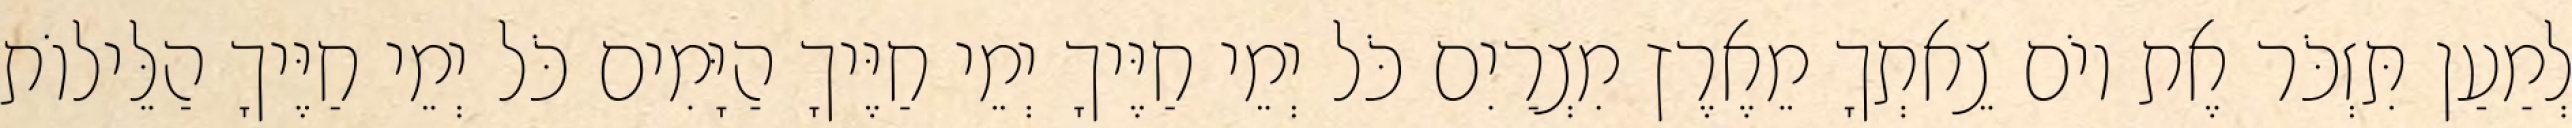
לְמַעַן תִּזְכֹּר אֶת יוֹם צֵאתְךָ מֵאֶרֶץ מִצְרַיִם כֹּל יְמֵי חַיֶּיךָ יְמֵי חַיֶּיךָ הַיָּמִים כֹּל יְמֵי חַיֶּיךָ הַלֵּילוֹת